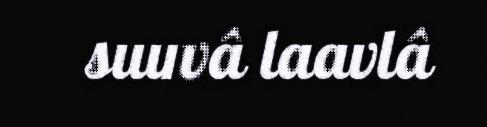
suuvâ laavlâ